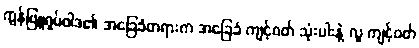
ကွန်ဖြူရှပ်ဝါဒ၏ အခြေခံတရားက အခြေခံ ကျင့်ဝတ် သုံးပါးနဲ့ လူ ကျင့်ဝတ်